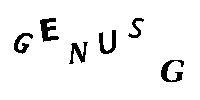
GENUSG